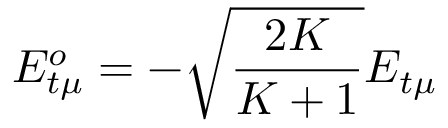
E _ { t \mu } ^ { o } = - \sqrt { \frac { 2 K } { K + 1 } } E _ { t \mu }